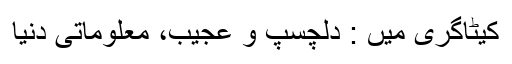
کیٹاگری میں : دلچسپ و عجیب، معلوماتی دنیا